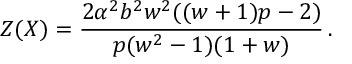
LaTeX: Z ( X ) = \frac { 2 \alpha ^ { 2 } b ^ { 2 } w ^ { 2 } ( ( w + 1 ) p - 2 ) } { p ( w ^ { 2 } - 1 ) ( 1 + w ) } \, .